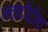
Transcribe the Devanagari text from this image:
लतादीदीला